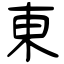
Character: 東